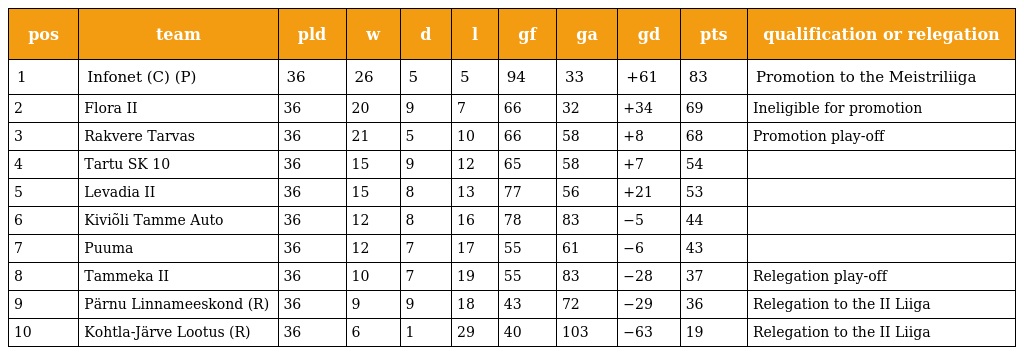
| pos | team | pld | w | d | l | gf | ga | gd | pts | qualification or relegation |
 | --- | --- | --- | --- | --- | --- | --- | --- | --- | --- | --- |
 | 1 | Infonet (C) (P) | 36 | 26 | 5 | 5 | 94 | 33 | +61 | 83 | Promotion to the Meistriliiga |
 | 2 | Flora II | 36 | 20 | 9 | 7 | 66 | 32 | +34 | 69 | Ineligible for promotion |
 | 3 | Rakvere Tarvas | 36 | 21 | 5 | 10 | 66 | 58 | +8 | 68 | Promotion play-off |
 | 4 | Tartu SK 10 | 36 | 15 | 9 | 12 | 65 | 58 | +7 | 54 |  |
 | 5 | Levadia II | 36 | 15 | 8 | 13 | 77 | 56 | +21 | 53 |  |
 | 6 | Kiviõli Tamme Auto | 36 | 12 | 8 | 16 | 78 | 83 | −5 | 44 |  |
 | 7 | Puuma | 36 | 12 | 7 | 17 | 55 | 61 | −6 | 43 |  |
 | 8 | Tammeka II | 36 | 10 | 7 | 19 | 55 | 83 | −28 | 37 | Relegation play-off |
 | 9 | Pärnu Linnameeskond (R) | 36 | 9 | 9 | 18 | 43 | 72 | −29 | 36 | Relegation to the II Liiga |
 | 10 | Kohtla-Järve Lootus (R) | 36 | 6 | 1 | 29 | 40 | 103 | −63 | 19 | Relegation to the II Liiga |